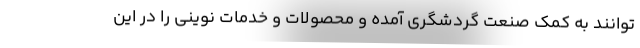
‌توانند به کمک صنعت گردشگری آمده و محصولات و خدمات نوینی را در این